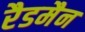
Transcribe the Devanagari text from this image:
रैडमैन